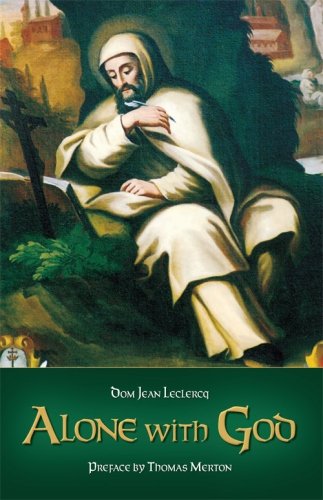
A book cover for Alone With God; Dom Jean Leclercq; Christian Books & Bibles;